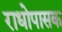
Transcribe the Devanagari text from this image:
राधोपासक